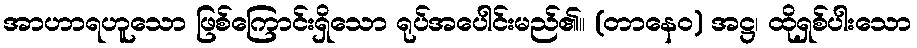
အာဟာရဟူသော ဖြစ်ကြောင်းရှိသော ရုပ်အပေါင်းမည်၏။ (တာနေဝ) အဋ္ဌ၊ ထိုရှစ်ပါးသော